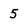
Character: 5